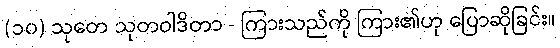
(၁၀) သုတေ သုတဝါဒိတာ - ကြားသည်ကို ကြား၏ဟု ပြောဆိုခြင်း။